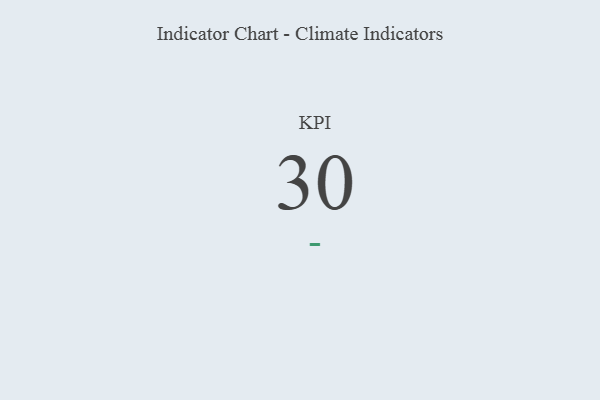
{"axis": {"x": "KPI", "y": "Value"}, "legend": [""], "data": [{"x": "KPI", "y": 30, "type": ""}]}